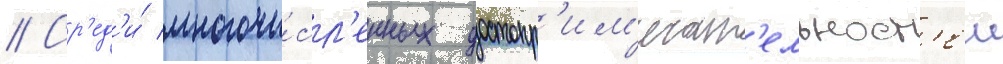
// Ср'ед'и́ многочи́сл'енных достопр'им'ечат'ельност'еи